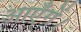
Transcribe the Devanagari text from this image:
आएँगें।